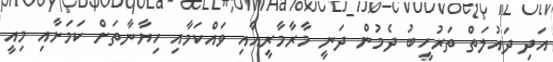
އަދި ދައުލަތް ތަރުހީބު ދެމުން ދަނީ މާރާމާރީއާއި ވައްކަމާއި ހިޔާނާތަށް ކަމަށާއި މިއީ